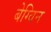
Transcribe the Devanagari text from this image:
बेग्विन